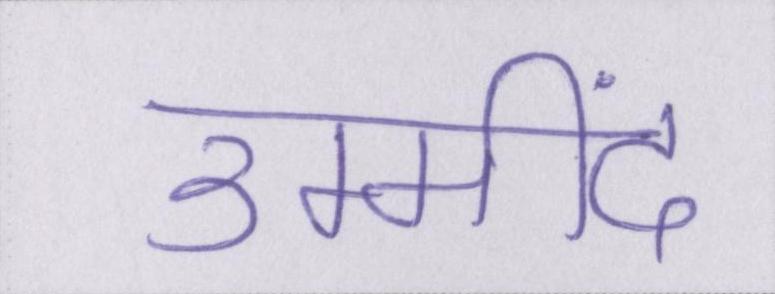
उम्मींद